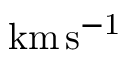
\mathrm { k m \, s ^ { - 1 } }